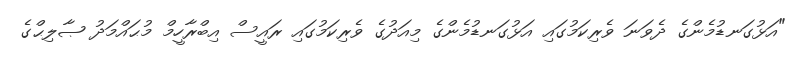
"އަޅުގަނޑުމެންގެ ދެވަނަ ވެރިކަމުގައި އަޅުގަނޑުމެންގެ މިއަދުގެ ވެރިކަމުގައި ރައީސް އިބްރާހީމް މުޙައްމަދު ޞާލިޙްގެ